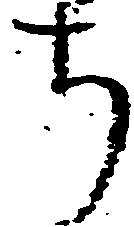
ち